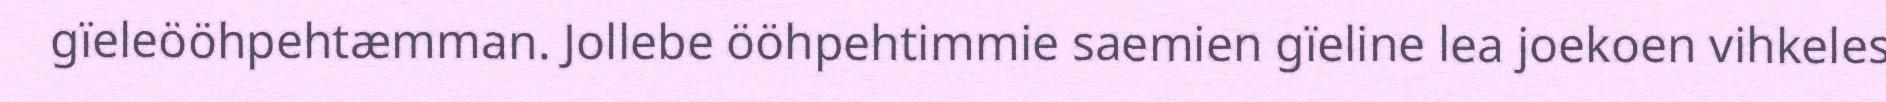
gïeleööhpehtæmman. Jollebe ööhpehtimmie saemien gïeline lea joekoen vihkeles